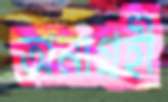
অনাগ্রহী